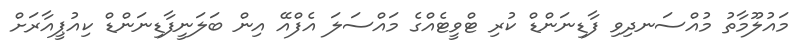
މައުލޫމާތު މުއްސަނދިވި ފާޑިނަންޑް ކުރި ޓްވީޓެއްގެ މައްސަލަ އެފްއޭ އިން ބަލަނީފާޑިނަންޑް ކިއުޕީއާރަށް